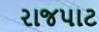
રાજપાટ